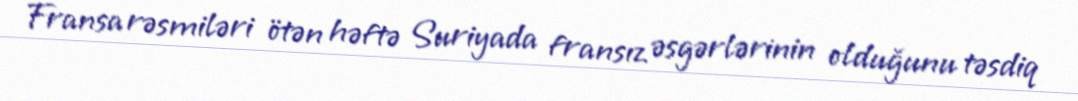
Fransa rəsmiləri ötən həftə Suriyada fransız əsgərlərinin olduğunu təsdiq